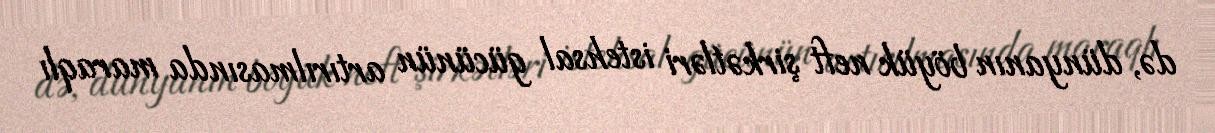
də, dünyanın böyük neft şirkətləri istehsal gücünün artırılmasında maraqlı